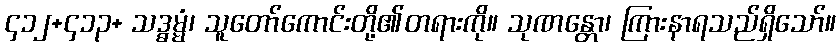
၄၁၂+၄၁၃+ သဒ္ဓမ္မံ၊ သူတော်ကောင်းတို့၏တရားကို။ သုဏန္တော၊ ကြားနာရသည်ရှိသော်။